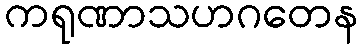
ကရုဏာသဟဂတေန